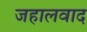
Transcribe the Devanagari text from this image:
जहालवाद